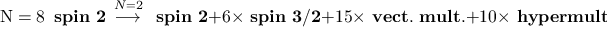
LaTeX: \mathrm { N = 8 } \, \mathrm { \bf ~ s p i n ~ 2 } \, \stackrel { N = 2 } { \longrightarrow } \, \mathrm { \bf ~ s p i n ~ 2 } + 6 \times \mathrm { \bf ~ s p i n ~ 3 / 2 } + 1 5 \times \mathrm { \bf ~ v e c t . ~ m u l t . } + 1 0 \times \mathrm { \bf ~ h y p e r m u l t . }